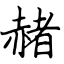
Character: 赭